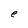
Character: e